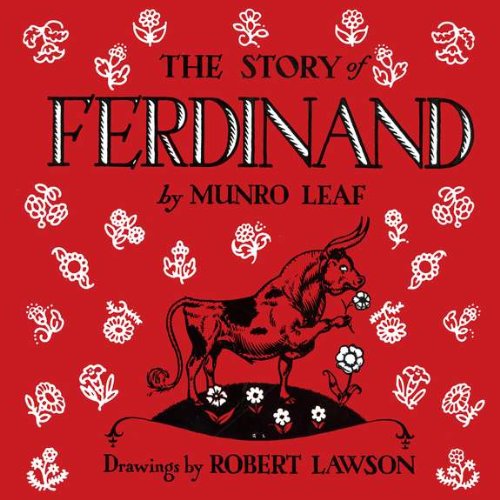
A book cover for The Story of Ferdinand; Munro Leaf; Children's Books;